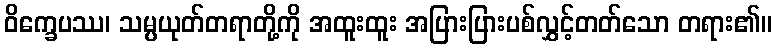
ဝိက္ခေပဿ၊ သမ္ပယုတ်တရာတို့ကို အထူးထူး အပြားပြားပစ်လွှင့်တတ်သော တရား၏။